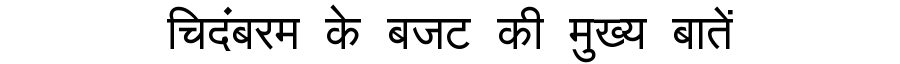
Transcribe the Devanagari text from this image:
चिदंबरम के बजट की मुख्य बातें